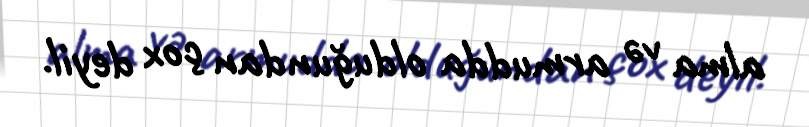
alma və armudda olduğundan çox deyil.